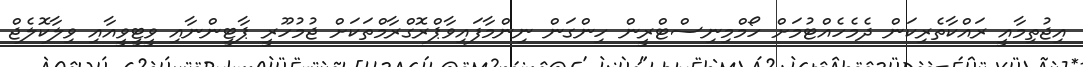
އިޖުތިމާއީ ރައްކާތެރިކަން ދެމެހެއްޓުމަށް ހޯމްމިނިސްޓްރީން ހިންގަން ނިންމާފައިވާޕްރޮގްރާމްތަކަށް ޖުމުހޫރީ ޕާޓީންނާއި ވީޓީވީއާއި ވިލާކޮލެޖް